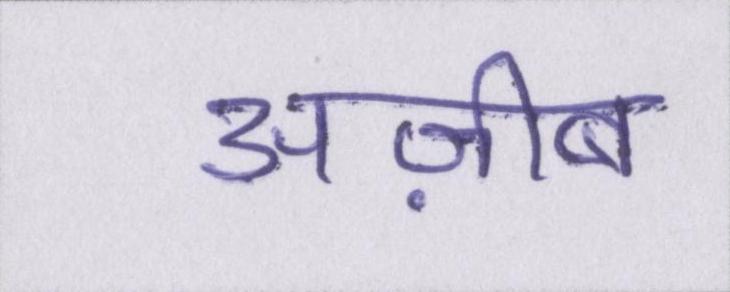
अज़ीब